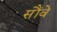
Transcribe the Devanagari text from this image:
सौंवे